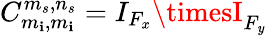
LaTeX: C_{m_{\mathbf{i}},m_{\mathbf{i}}}^{m_{s},n_{s}}=I_{F_{x}}\timesI_{F_{\mathit{y}}}